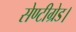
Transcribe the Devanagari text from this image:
सेण्टीग्रेड।